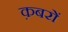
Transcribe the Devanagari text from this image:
क़बरों